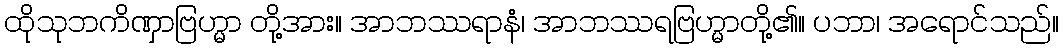
ထိုသုဘကိဏှာဗြဟ္မာ တို့အား။ အာဘဿရာနံ၊ အာဘဿရဗြဟ္မာတို့၏။ ပဘာ၊ အရောင်သည်။